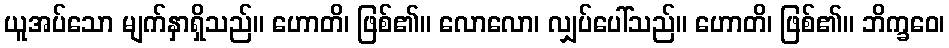
ယူအပ်သော မျက်နှာရှိသည်။ ဟောတိ၊ ဖြစ်၏။ လောလော၊ လျှပ်ပေါ်သည်။ ဟောတိ၊ ဖြစ်၏။ ဘိက္ခဝေ၊